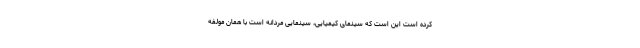
کرده است این است که سینمای کیمیایی، سینمایی مردانه است با همان مولفه